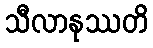
သီလာနုဿတိ